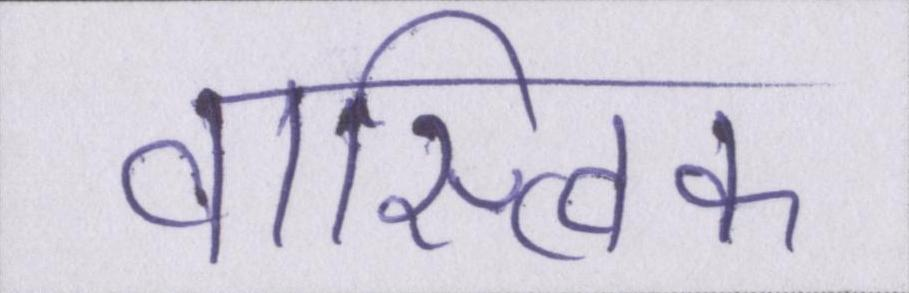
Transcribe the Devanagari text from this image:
वास्त्विक